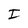
Character: I